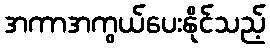
အကာအကွယ်ပေးနိုင်သည့်